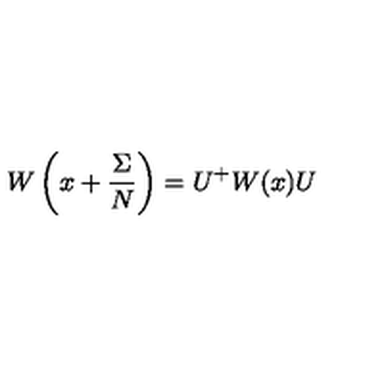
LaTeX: W \left( x + \frac { \Sigma } { N } \right) = U ^ { + } W ( x ) U